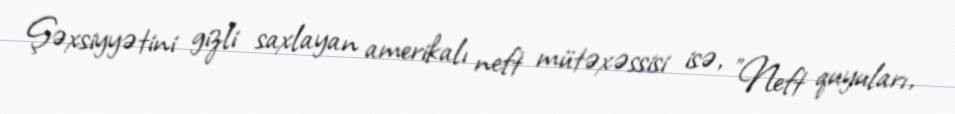
Şəxsiyyətini gizli saxlayan amerikalı neft mütəxəssisi isə, "Neft quyuları,